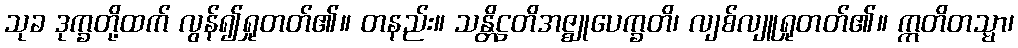
သုခ ဒုက္ခတို့ထက် လွန်၍ရှုတတ်၏။ တနည်း။ သန္တိဋ္ဌတိအဇ္ဈုပေက္ခတိ၊ လျစ်လျူရှုတတ်၏။ ဣတိတသ္မာ၊